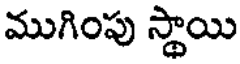
ముగింపు స్థాయి